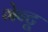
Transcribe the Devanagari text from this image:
गेन्टू